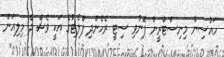
ހައުސިން މިނިސްޓްރީން ފޮނުވި ސިޓީ ރެހެންދި ފްލެޓުގެ އަކީ ވެސް ދެ މިލިއަން